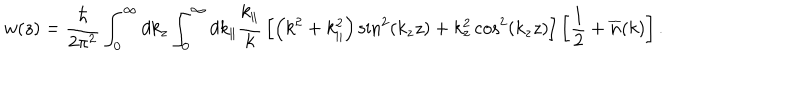
w ( z ) = { \frac { \hbar } { 2 \pi ^ { 2 } } } \int _ { 0 } ^ { \infty } d k _ { z } \int _ { 0 } ^ { \infty } d k _ { \| } { \frac { k _ { \| } } { k } } \left[ \left( k ^ { 2 } + k _ { \| } ^ { 2 } \right) \sin ^ { 2 } ( k _ { z } z ) + k _ { z } ^ { 2 } \cos ^ { 2 } ( k _ { z } z ) \right] \left[ { \frac { 1 } { 2 } } + { \overline { { n } } } ( k ) \right] .